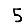
Digit: 5